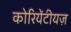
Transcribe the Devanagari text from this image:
कोरियेंटीयज़